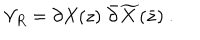
{ \cal V } _ { R } = \partial X ( z ) \; \bar { \partial } \widetilde { X } ( \bar { z } ) ~ .